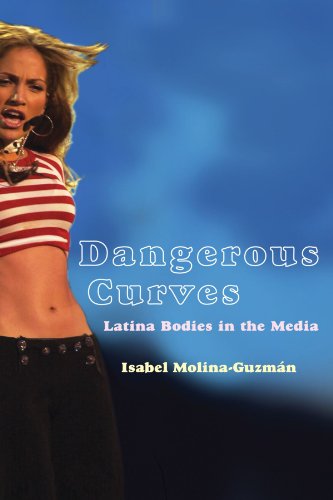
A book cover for Dangerous Curves: Latina Bodies in the Media (Critical Cultural Communication); Isabel Molina-Guzman; Health, Fitness & Dieting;